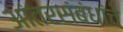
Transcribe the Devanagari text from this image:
आंतरसंबंधांचे